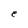
Character: e